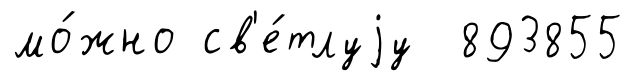
мо́жно св'е́тлуjу 893855